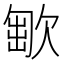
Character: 𣣯